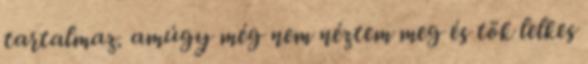
tartalmaz. amúgy még nem néztem meg és tök lelkes